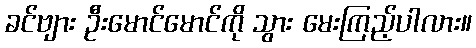
ခင်ဗျား ဦးမောင်မောင်ကို သွား မေးကြည့်ပါလား။